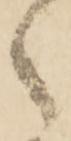
之